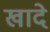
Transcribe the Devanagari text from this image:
खादे